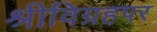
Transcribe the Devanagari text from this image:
श्रीविग्रहपर